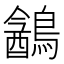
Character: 䳺